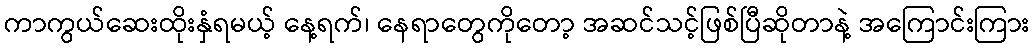
ကာကွယ်ဆေးထိုးနှံရမယ့် နေ့ရက်၊ နေရာတွေကိုတော့ အဆင်သင့်ဖြစ်ပြီဆိုတာနဲ့ အကြောင်းကြား